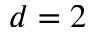
d = 2